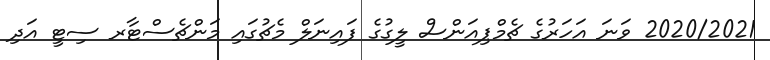
2020/2021 ވަނަ އަހަރުގެ ޗެމްޕިއަންސް ލީގުގެ ފައިނަލް މެޗުގައި މަންޗެސްޓާރ ސިޓީ އަދި